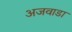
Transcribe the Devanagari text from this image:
अजवाडा